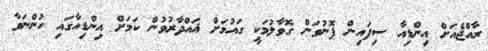
ރާއްޖެއަށް އިންޑިއާ ސިފައިން ފޮނުވަން ގޮވާލުމަކީ ގައުމަށް ޣައްދާރުވުން ކަމަށް އިންޑިއާގައި ހުންނަވާ